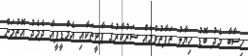
ހިސާބާ މެދު ބޮޑު ހިޔާލު ތަފާތުވުމެއް ސަރުކާރުގެ ޕާޓީތަކާއި އެމްޑީޕީއާ ދެމެދު އޮތުމަށް